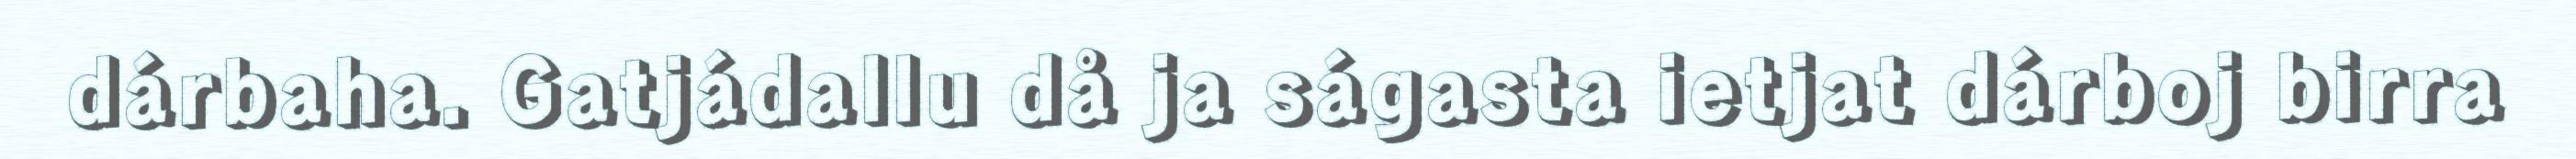
dárbaha. Gatjádallu då ja ságasta ietjat dárboj birra